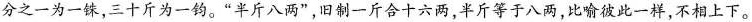
分之一为一铢，三十斤为一钧。”半斤八两”，旧制一斤合十六两，半斤等于八两，比喻彼此一样，不相上下。